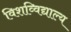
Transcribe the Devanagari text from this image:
विशव्विद्याल्य